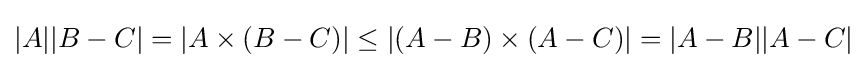
|A||B-C|=|A\times (B-C)|\leq |(A-B)\times (A-C)|=|A-B||A-C|